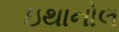
ઇથાનોલ